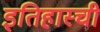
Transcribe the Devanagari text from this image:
इतिहास्ची